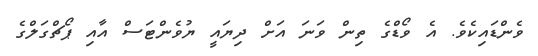
ވެންޑައިކެވެ. އެ ވޯޑްގެ ތިން ވަނަ އަށް ދިޔައީ ޔުވެންޓަސް އާއި ޕޯޗްގަލްގެ